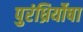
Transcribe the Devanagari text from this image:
पुरंध्रिर्योषा